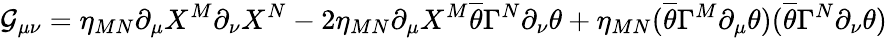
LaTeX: \mathcal{G}_{\mu\nu}=\eta_{MN}\partial_{\mu}X^{M}\partial_{\nu}X^{N}-2\eta_{MN}\partial_{\mu}X^{M}\overline{{{\theta}}}\Gamma^{N}\partial_{\nu}\theta+\eta_{MN}(\overline{{{\theta}}}\Gamma^{M}\partial_{\mu}\theta)(\overline{{{\theta}}}\Gamma^{N}\partial_{\nu}\theta)